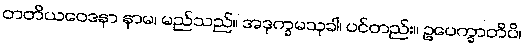
တတိယဝေဒနာ နာမ၊ မည်သည်။ အဒုက္ခမသုခါ၊ ပင်တည်း။ ဥပေက္ခာတိပိ၊